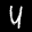
Label: 4